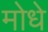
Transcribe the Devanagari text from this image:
मोधे